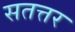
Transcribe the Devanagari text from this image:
सतत्तर